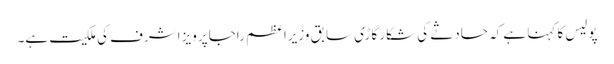
پولیس کا کہنا ہے کہ حادثے کی شکار گاڑی سابق وزیراعظم راجا پرویز اشرف کی ملکیت ہے۔